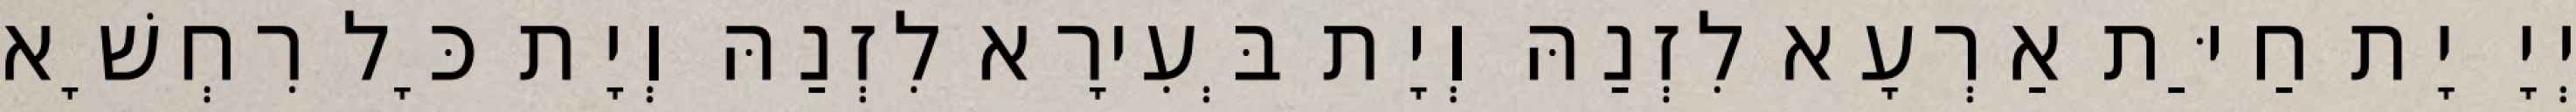
יְיָ יָת חַיַּת אַרְעָא לִזְנַהּ וְיָת בְּעִירָא לִזְנַהּ וְיָת כָּל רִחְשָׁא